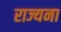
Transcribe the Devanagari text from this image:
राज्यना